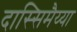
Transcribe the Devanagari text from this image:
दास्सिमैय्या